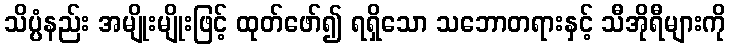
သိပ္ပံနည်း အမျိုးမျိုးဖြင့် ထုတ်ဖော်၍ ရရှိသော သဘောတရားနှင့် သီအိုရီများကို